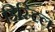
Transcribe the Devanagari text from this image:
डिस्टिल